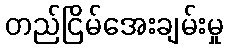
တည်ငြိမ်အေးချမ်းမှု